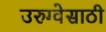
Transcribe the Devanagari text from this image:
उरुग्वेसाठी